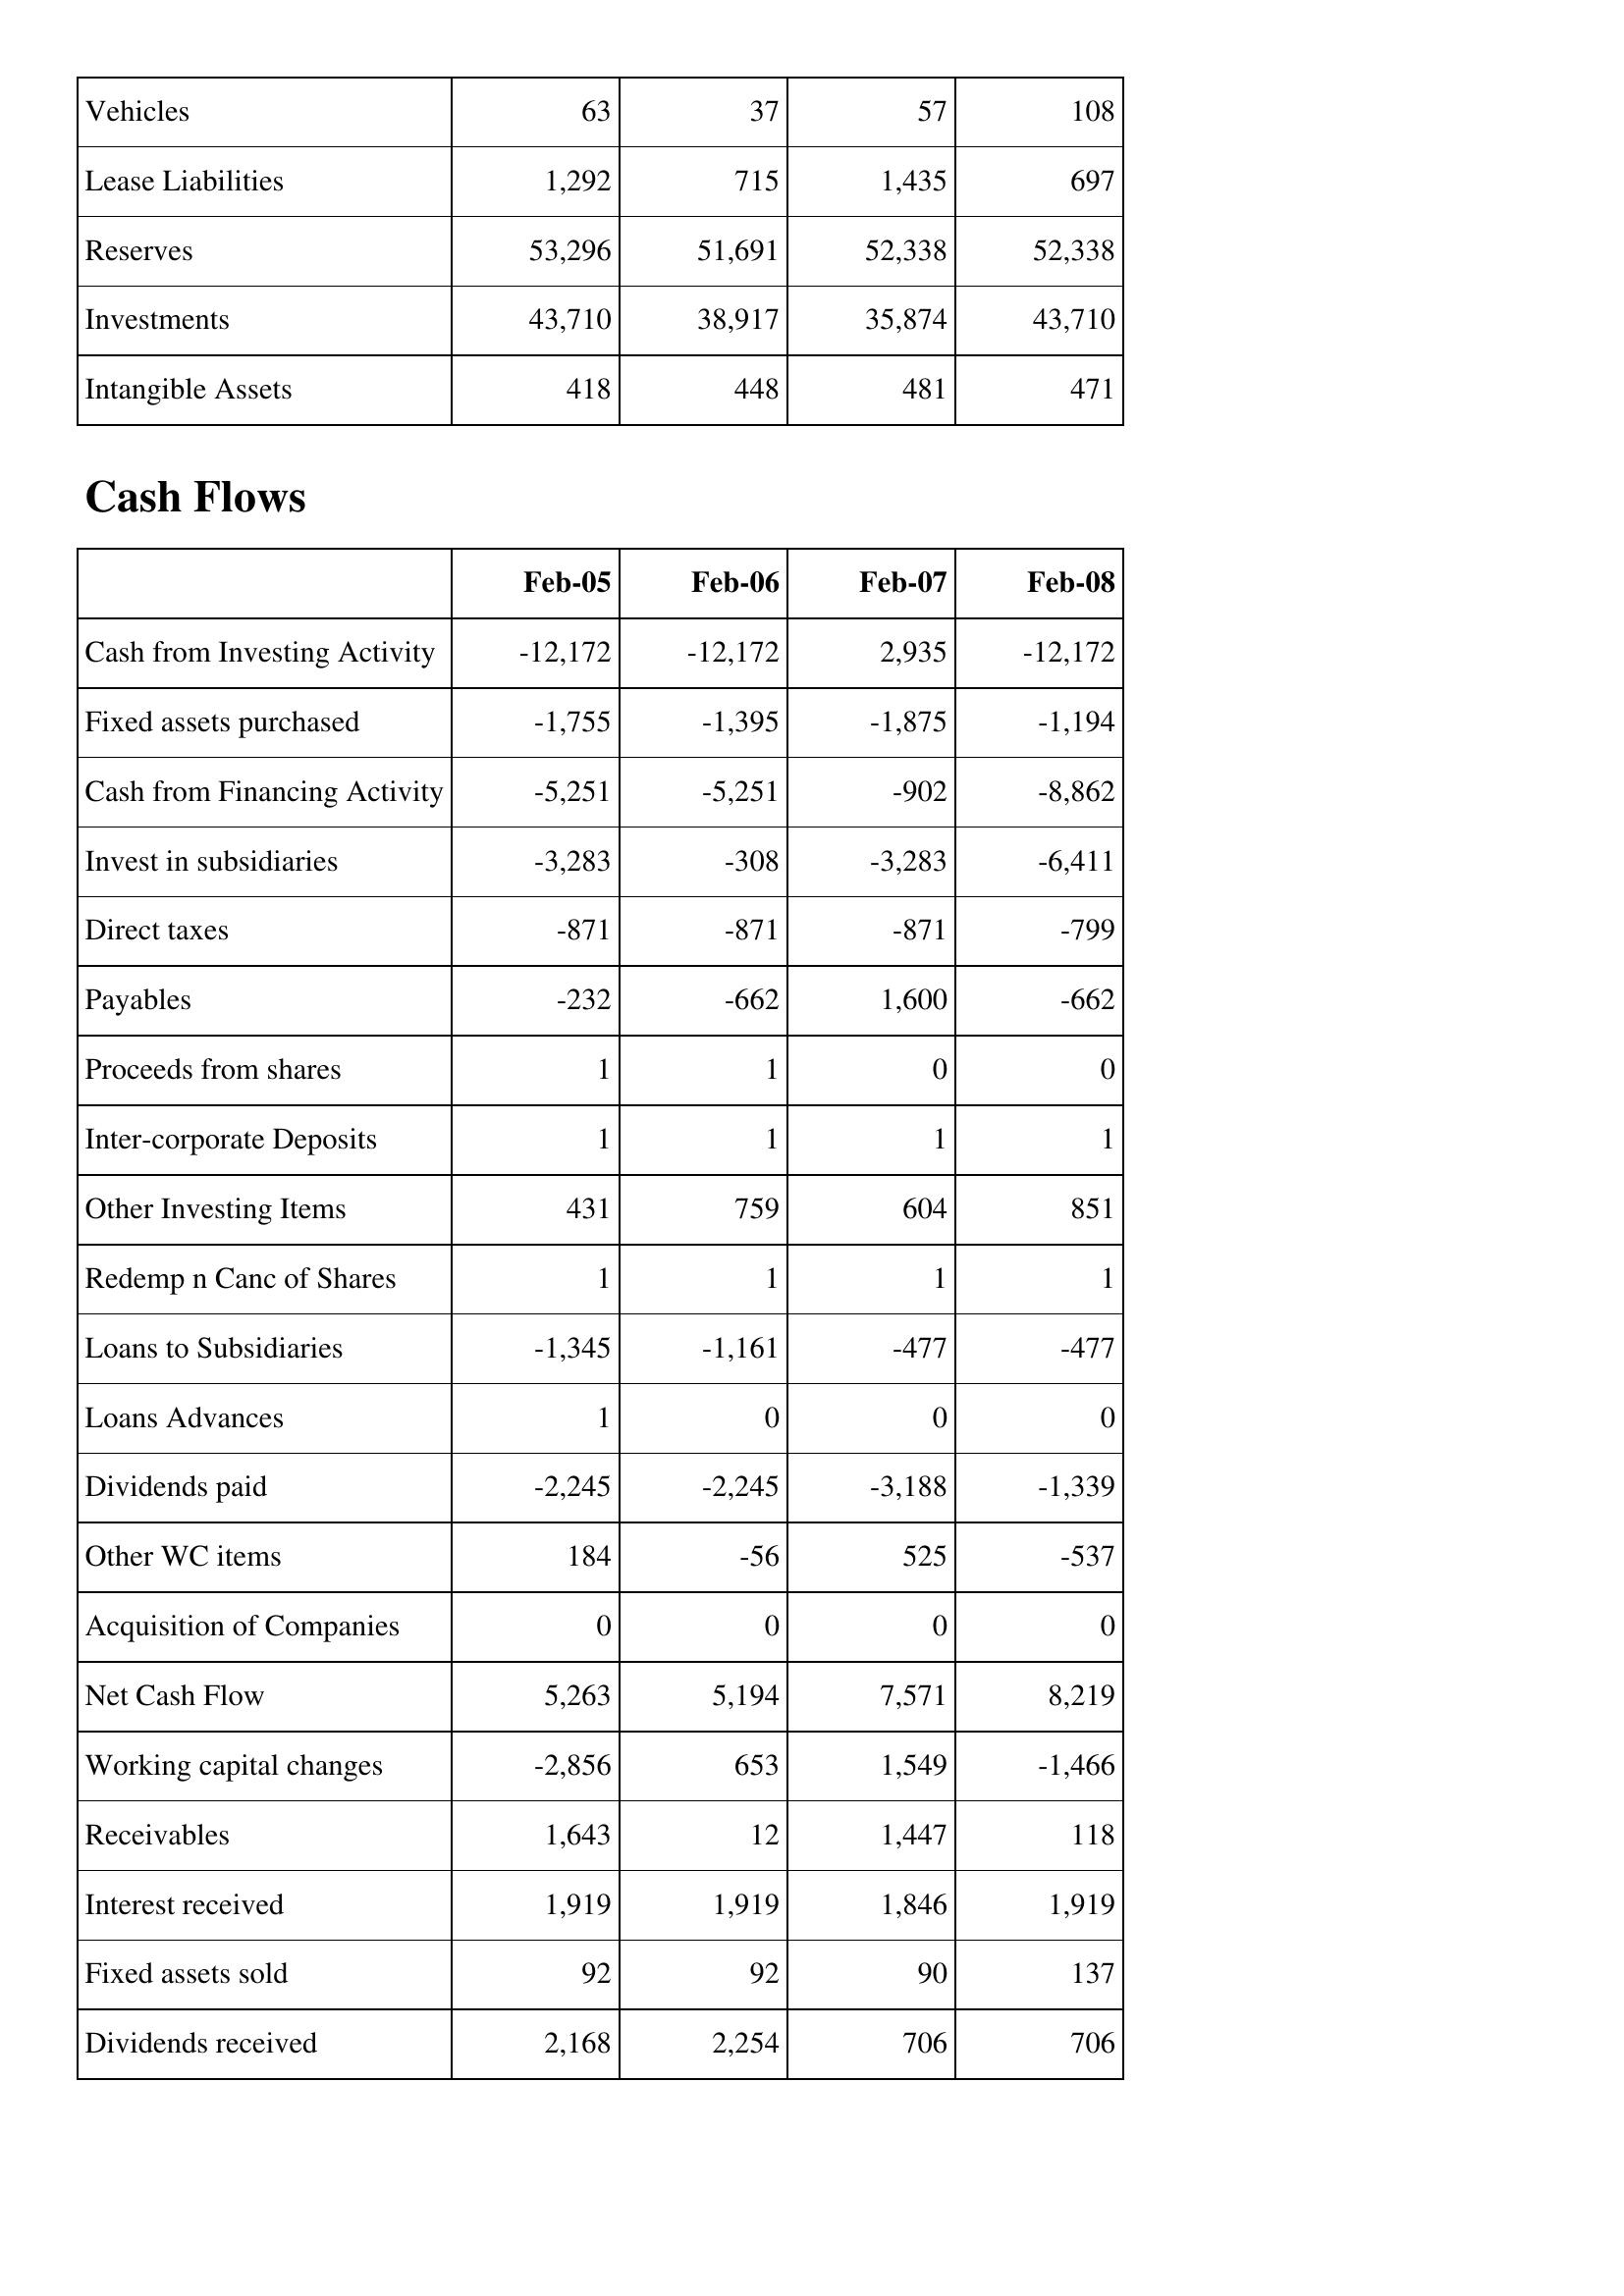
Feb-05: Balance Sheet: Vehicles: 63
Lease Liabilities: 1,292
Reserves: 53,296
Investments: 43,710
Intangible Assets: 418
Cash Flows: Cash from Investing Activity: -12,172
Fixed assets purchased: -1,755
Cash from Financing Activity: -5,251
Invest in subsidiaries: -3,283
Direct taxes: -871
Payables: -232
Proceeds from shares: 1
Inter-corporate Deposits: 1
Other Investing Items: 431
Redemp n Canc of Shares: 1
Loans to Subsidiaries: -1,345
Loans Advances: 1
Dividends paid: -2,245
Other WC items: 184
Acquisition of Companies: 0
Net Cash Flow: 5,263
Working capital changes: -2,856
Receivables: 1,643
Interest received: 1,919
Fixed assets sold: 92
Dividends received: 2,168
Feb-06: Balance Sheet: Vehicles: 37
Lease Liabilities: 715
Reserves: 51,691
Investments: 38,917
Intangible Assets: 448
Cash Flows: Cash from Investing Activity: -12,172
Fixed assets purchased: -1,395
Cash from Financing Activity: -5,251
Invest in subsidiaries: -308
Direct taxes: -871
Payables: -662
Proceeds from shares: 1
Inter-corporate Deposits: 1
Other Investing Items: 759
Redemp n Canc of Shares: 1
Loans to Subsidiaries: -1,161
Loans Advances: 0
Dividends paid: -2,245
Other WC items: -56
Acquisition of Companies: 0
Net Cash Flow: 5,194
Working capital changes: 653
Receivables: 12
Interest received: 1,919
Fixed assets sold: 92
Dividends received: 2,254
Feb-07: Balance Sheet: Vehicles: 57
Lease Liabilities: 1,435
Reserves: 52,338
Investments: 35,874
Intangible Assets: 481
Cash Flows: Cash from Investing Activity: 2,935
Fixed assets purchased: -1,875
Cash from Financing Activity: -902
Invest in subsidiaries: -3,283
Direct taxes: -871
Payables: 1,600
Proceeds from shares: 0
Inter-corporate Deposits: 1
Other Investing Items: 604
Redemp n Canc of Shares: 1
Loans to Subsidiaries: -477
Loans Advances: 0
Dividends paid: -3,188
Other WC items: 525
Acquisition of Companies: 0
Net Cash Flow: 7,571
Working capital changes: 1,549
Receivables: 1,447
Interest received: 1,846
Fixed assets sold: 90
Dividends received: 706
Feb-08: Balance Sheet: Vehicles: 108
Lease Liabilities: 697
Reserves: 52,338
Investments: 43,710
Intangible Assets: 471
Cash Flows: Cash from Investing Activity: -12,172
Fixed assets purchased: -1,194
Cash from Financing Activity: -8,862
Invest in subsidiaries: -6,411
Direct taxes: -799
Payables: -662
Proceeds from shares: 0
Inter-corporate Deposits: 1
Other Investing Items: 851
Redemp n Canc of Shares: 1
Loans to Subsidiaries: -477
Loans Advances: 0
Dividends paid: -1,339
Other WC items: -537
Acquisition of Companies: 0
Net Cash Flow: 8,219
Working capital changes: -1,466
Receivables: 118
Interest received: 1,919
Fixed assets sold: 137
Dividends received: 706